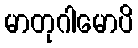
မာတုဂါမောပိ